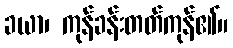
ခယာ၊ ကုန်ခန်းတတ်ကုန်၏။